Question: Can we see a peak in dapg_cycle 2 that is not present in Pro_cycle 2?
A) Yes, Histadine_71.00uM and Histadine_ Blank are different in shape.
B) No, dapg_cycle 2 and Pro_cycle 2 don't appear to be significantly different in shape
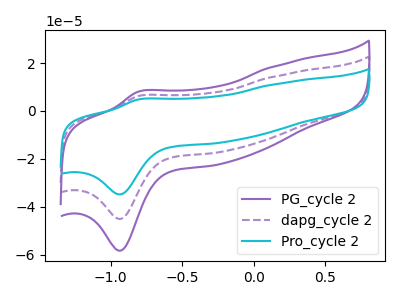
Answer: <think>The purple curve "PG_cycle 2" has an anodic peak at (-0.80V, 8.05uA) and a cathodic peak at (-0.95V, -58.40uA). The purple dashed curve "dapg_cycle 2" has an anodic peak at (-0.80V, 6.20uA) and a cathodic peak at (-0.95V, -45.10uA). The cyan curve "Pro_cycle 2" has an anodic peak at (-0.80V, 12.40uA) and a cathodic peak at (-0.95V, -90.25uA).
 All the peaks in "dapg_cycle 2" have a peak in "Pro_cycle 2" at the same potential. Every peak in "dapg_cycle 2" is lower than every peak in "Pro_cycle 2".</think>
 <answer>B) No, "dapg_cycle 2" and "Pro_cycle 2" don't appear to be significantly different in shape</answer>
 <eval>B</eval>